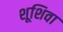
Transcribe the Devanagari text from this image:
शूशिवा